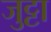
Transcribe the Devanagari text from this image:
जुट्टा